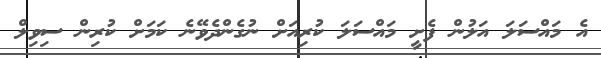
އެ މައްސަލަ އަލުން ފެށީ މައްސަލަ ކުރިއަށް ނުގެންދެވޭނެ ކަމަށް ކުރިން ސިވިލް